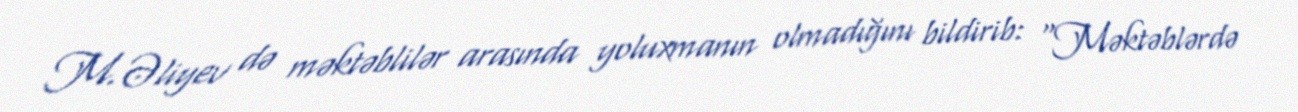
M.Əliyev də məktəblilər arasında yoluxmanın olmadığını bildirib: “Məktəblərdə